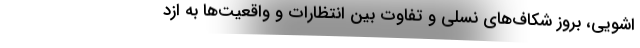
اشویی، بروز شکاف‌های نسلی و تفاوت بین انتظارات و واقعیت‌ها به ازد